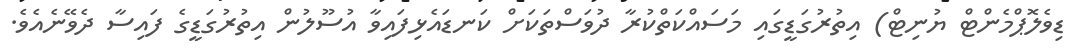
ޑިވެލޮޕްމެންޓް ޔުނިޓް) އިތުރުގަޑީގައި މަސައްކަތްކުރާ ދުވަސްތަކަށް ކަނޑައެޅިފައިވާ އުސޫލުން އިތުރުގަޑީގެ ފައިސާ ދެވޭނެއެވެ.